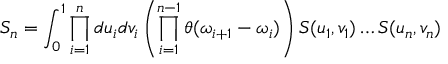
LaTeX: S _ { n } = \int _ { 0 } ^ { 1 } \prod _ { i = 1 } ^ { n } d u _ { i } d v _ { i } \left( \prod _ { i = 1 } ^ { n - 1 } \theta ( \omega _ { i + 1 } - \omega _ { i } ) \right) { \cal S } ( u _ { 1 } , v _ { 1 } ) \dots { \cal S } ( u _ { n } , v _ { n } )